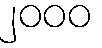
၂၀၀၀